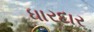
ધારદાર